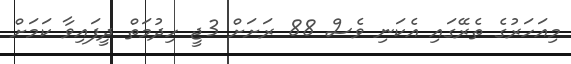
މިއަހަރުގެ ތެރޭގައި އެކަނި ވެސް 88 ރަށަށް 3ޖީ ހިދުމަތް ދީފައިވާ ކަަމަށް